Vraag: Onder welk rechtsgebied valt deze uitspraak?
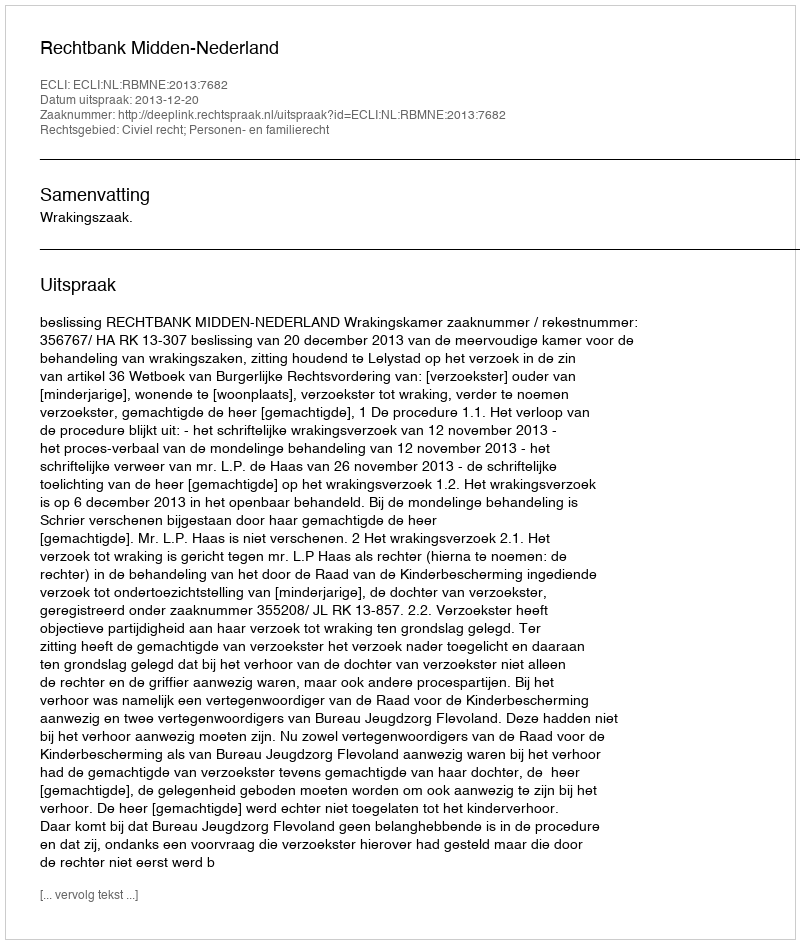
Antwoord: Civiel recht; Personen- en familierecht